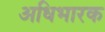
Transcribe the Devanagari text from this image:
अधिभारक